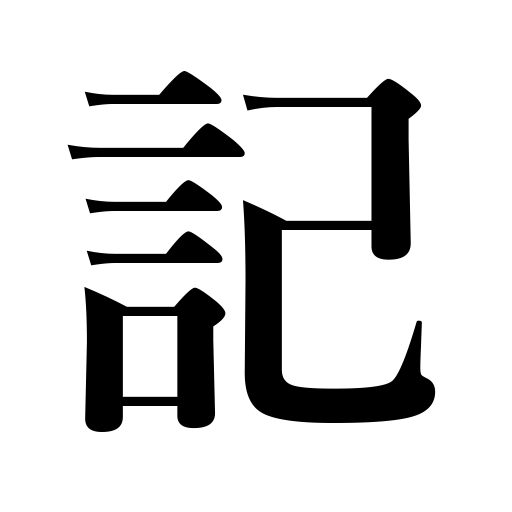
Meanings: the Kojiki,mention,narrative,remembering,write down,history,give an account of,account,writing,annals,inscribe